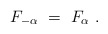
\begin{align*} F_{-\alpha}~=~F_\alpha~.\end{align*}